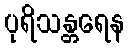
ပုရိသန္တရေန